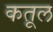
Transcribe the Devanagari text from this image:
कतूल